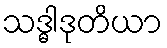
သဒ္ဓါဒုတိယာ